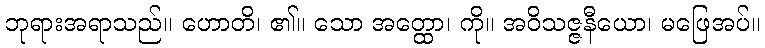
ဘုရားအရာသည်။ ဟောတိ၊ ၏။ သော အတ္ထော၊ ကို။ အဝိသဇ္ဇနီယော၊ မဖြေအပ်။